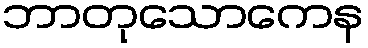
ဘာတုသောကေန